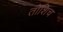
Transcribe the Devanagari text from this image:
तोशिच